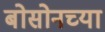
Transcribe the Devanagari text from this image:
बोसोनच्या